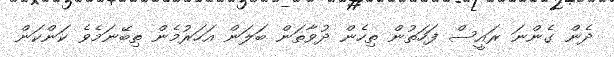
ދެން ގެންނަ ރައީސް ފަހަތުން ތިހެން ދުވާތަން ބަލަން އަހަރުމެން ތިބޭނަމެވެ ކަންކަން